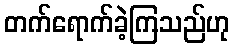
တက်ရောက်ခဲ့ကြသည်ဟု